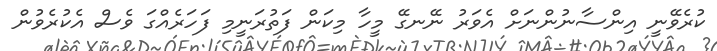
ކުރެވޭނީ އިންސާނުންނަށް އެވަރު ނޭނގޭ މީހާ މިކަން ފަތުރަނީމި ފަހަރެއްގަ ވެސް އެކުރެވުން